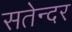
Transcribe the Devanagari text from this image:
सतेन्दर